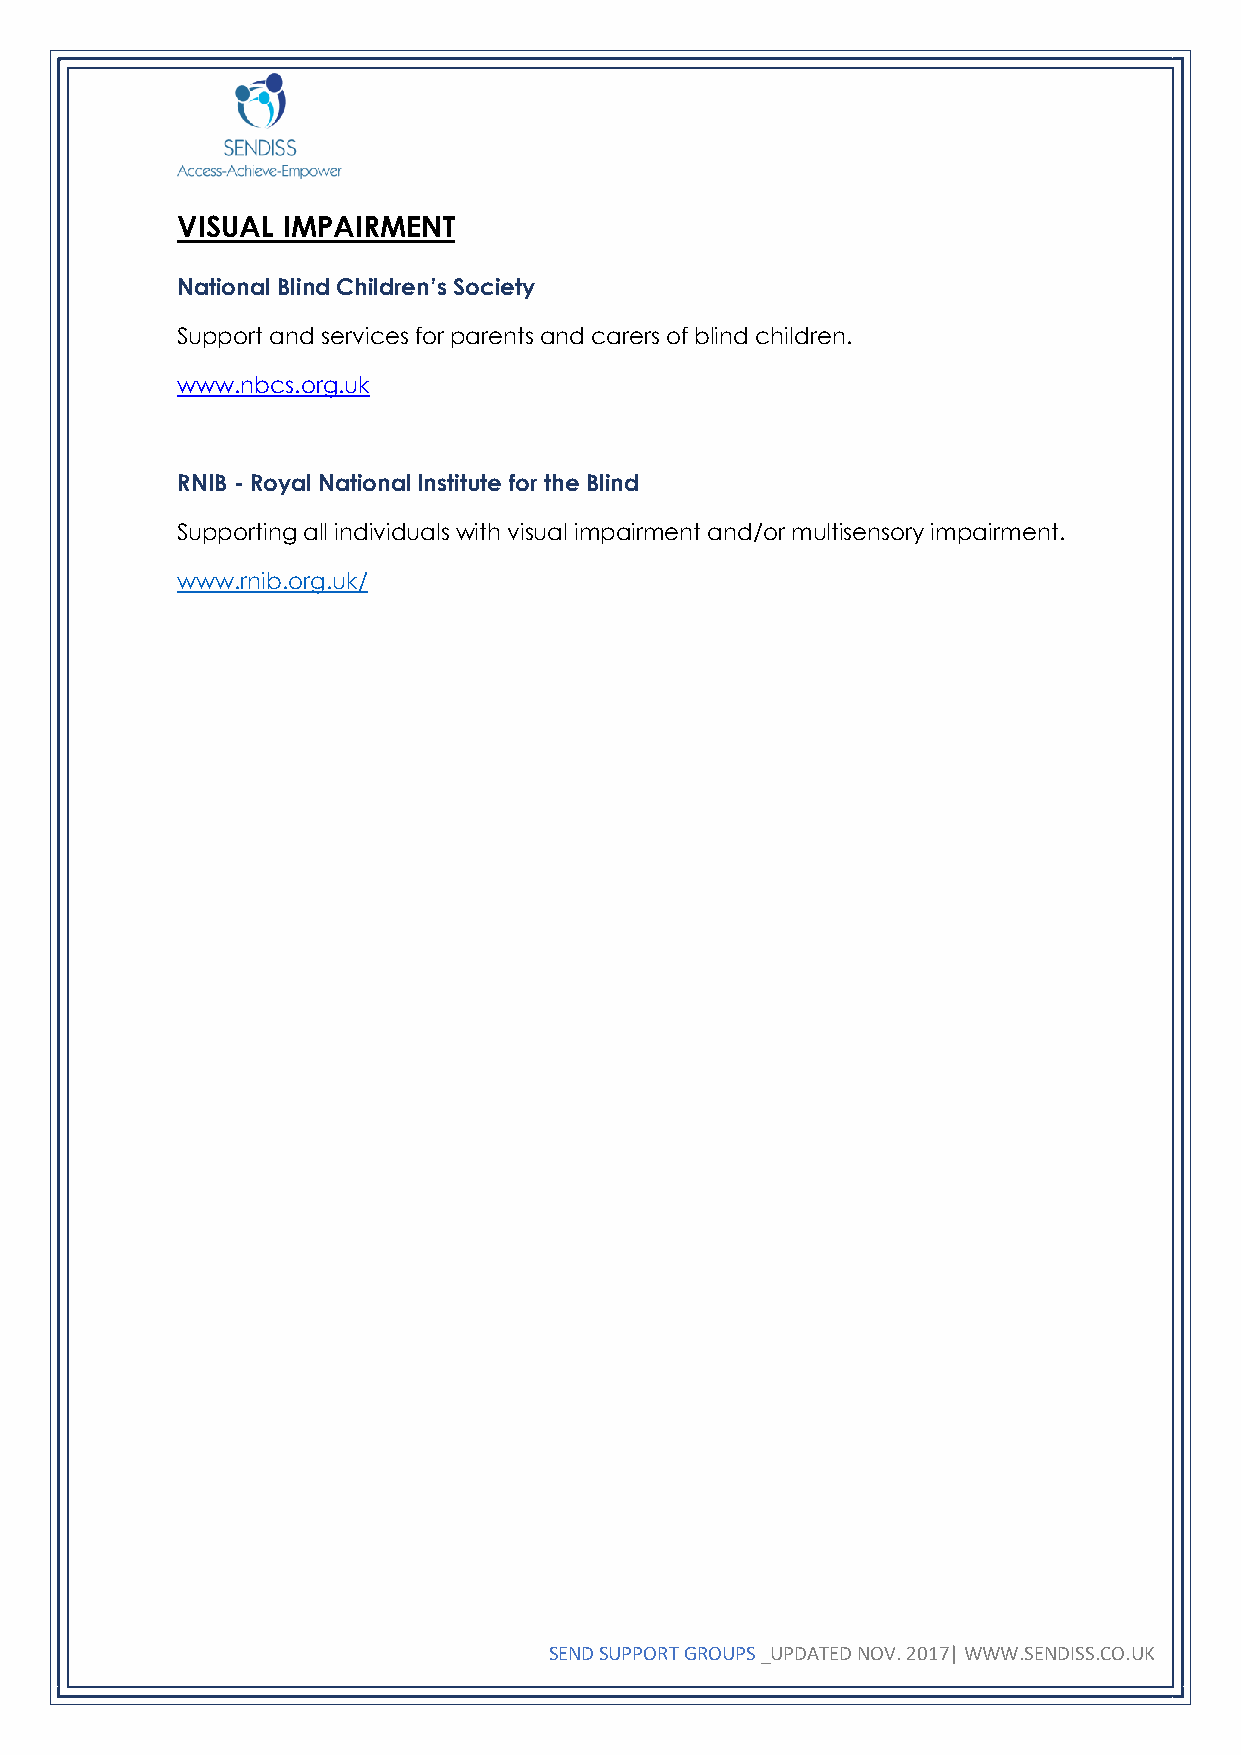
VISUAL IMPAIRMENT
 National Blind Children’s Society
 Support and services for parents and carers of blind children.
 www.nbcs.org.uk
 RNIB - Royal National Institute for the Blind
 Supporting all individuals with visual impairment and/or multisensory impairment.
 www.rnib.org.uk/
 SEND SUPPORT GROUPS _UPDATED NOV. 2017| WWW.SENDISS.CO.UK